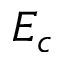
E _ { c }